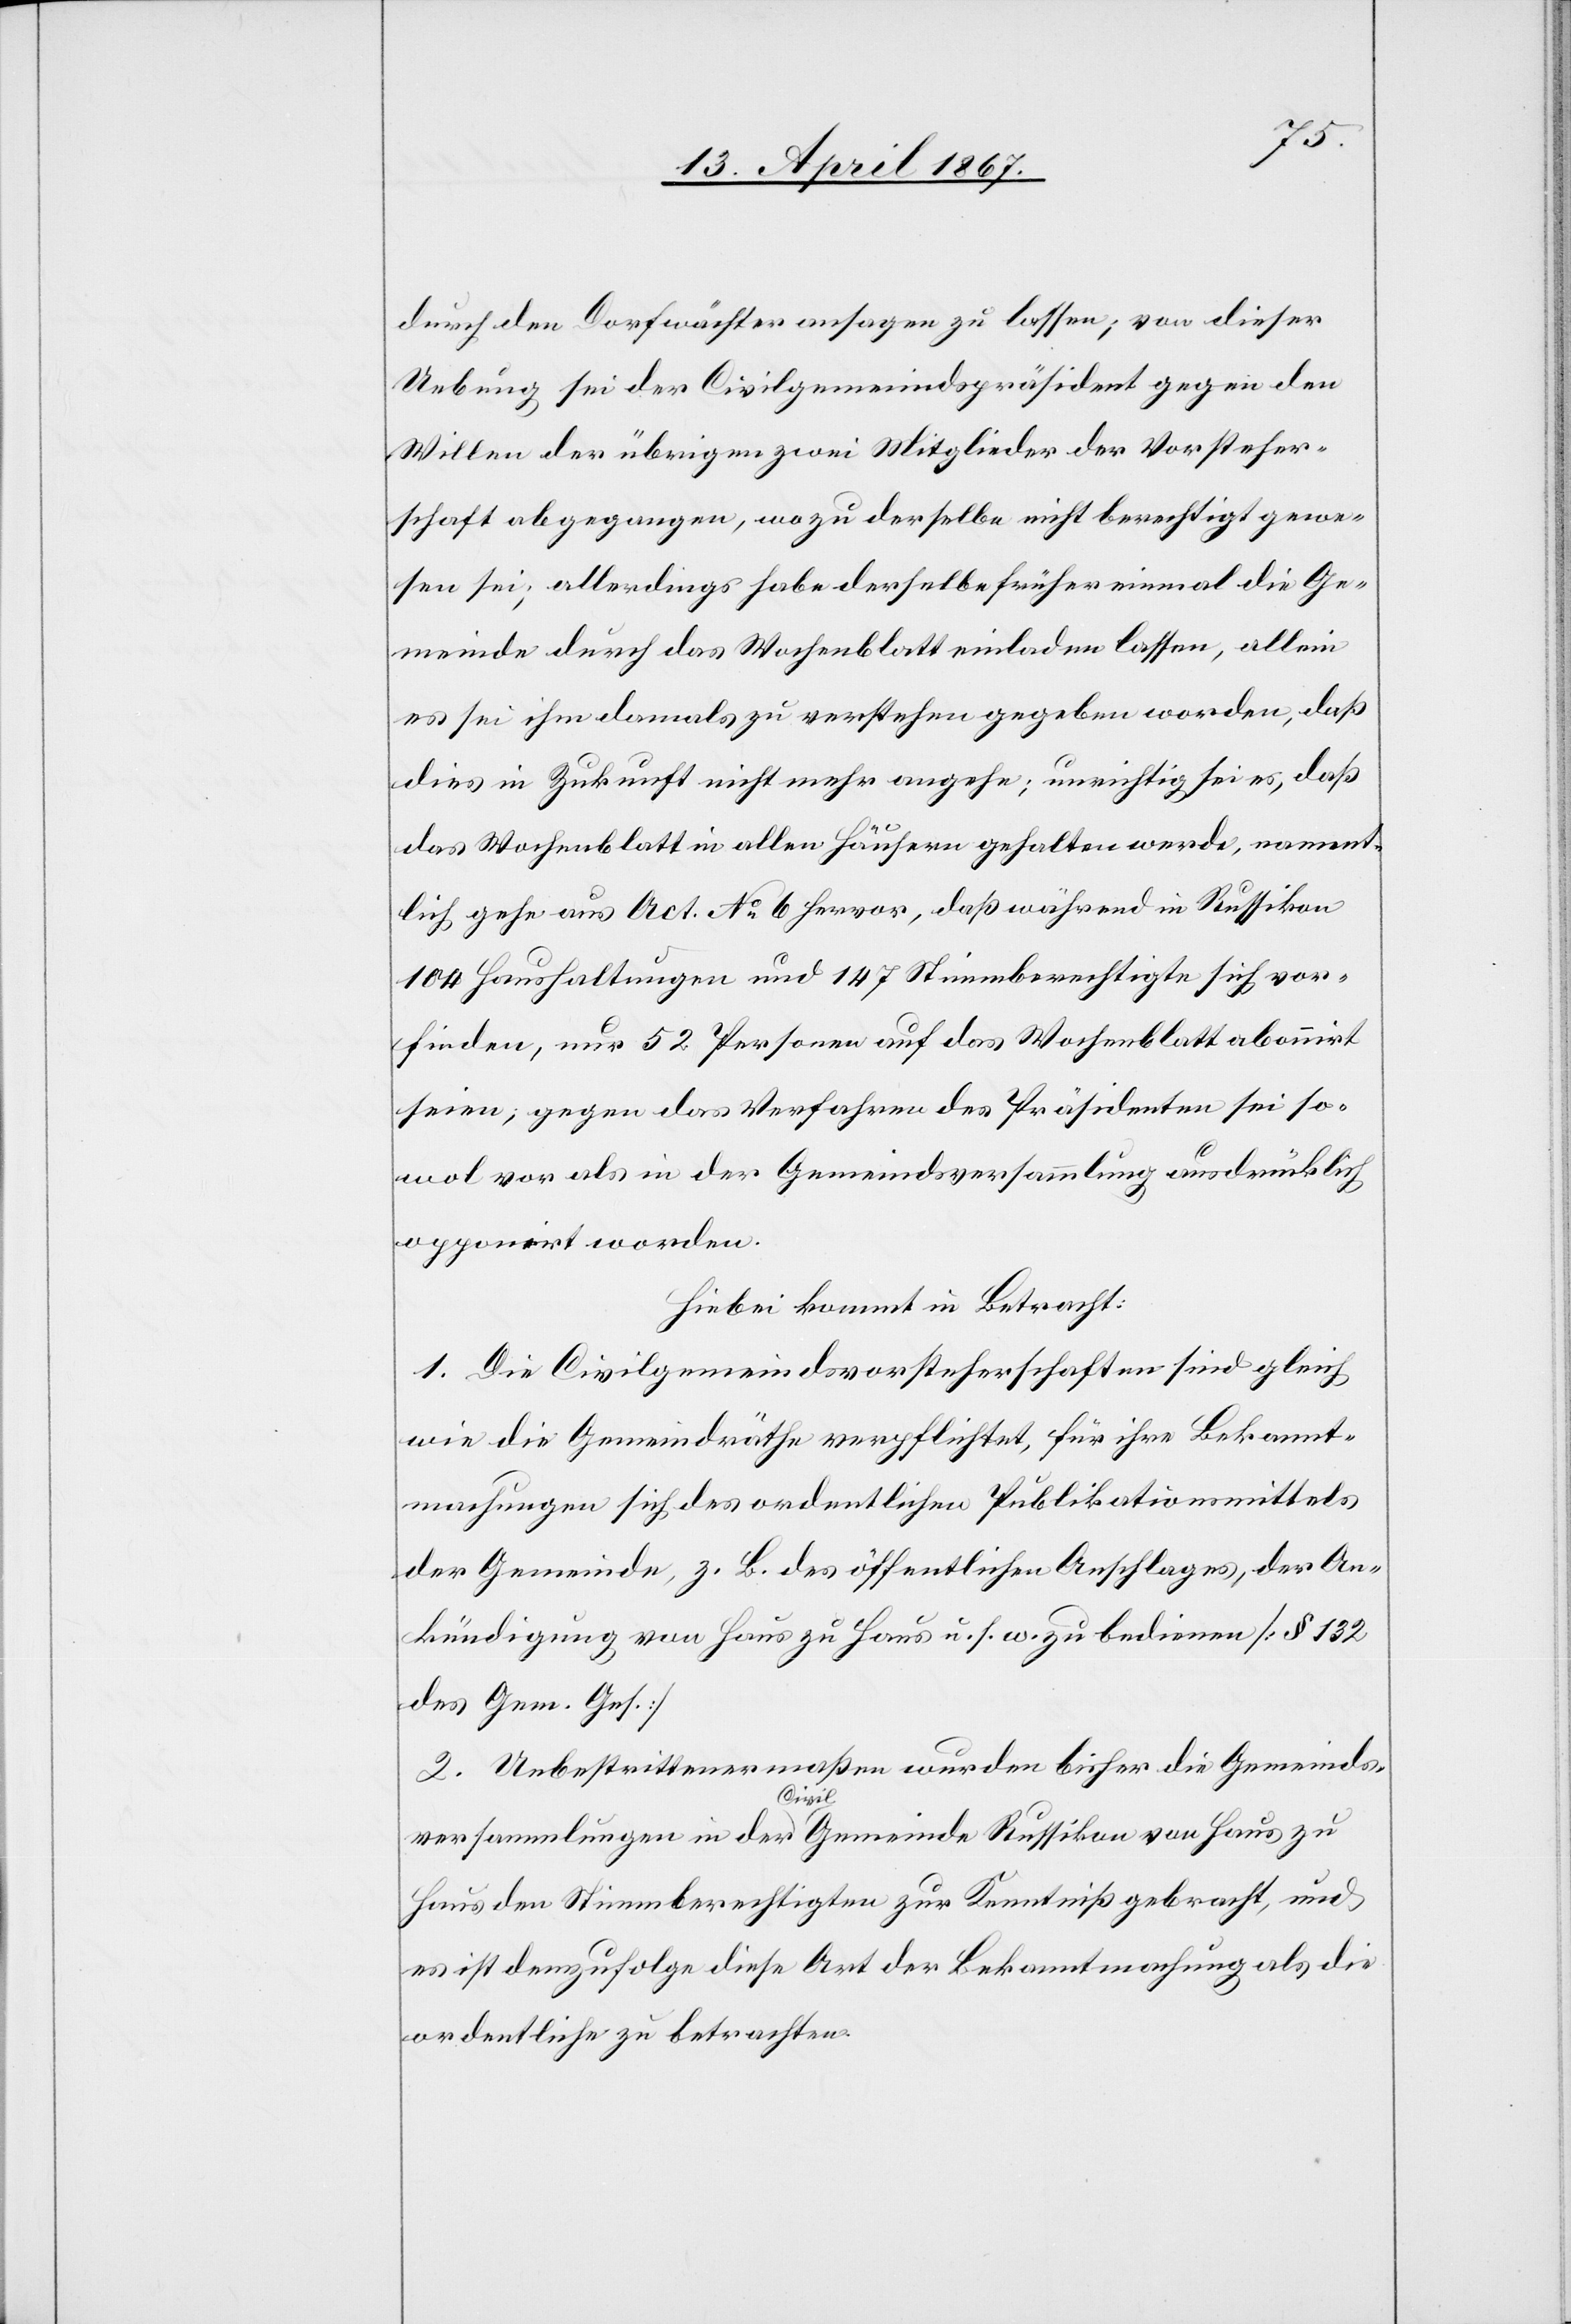
durch den Dorfwächter ansagen zu lassen; von dieser
Uebung sei der Civilgemeindspräsident gegen den
Willen der übrigen zwei Mitglieder der Vorsteher¬
schaft abgegangen, wozu derselbe nicht berechtigt gewe¬
sen sei; allerdings habe derselbe früher einmal die Ge¬
meinde durch das Wochenblatt einladen lassen, allein
es sei ihm damals zu verstehen gegeben worden, daß
das Wochenblatt in allen Häusern gehalten werde, nament¬
lich gehe aus Act. No. 6 hervor, daß während in Russikon
104 Haushaltungen und 147 Stimmberechtigte sich vor¬
finden, nur 52 Personen auf das Wochenblatt abonnirt
seien; gegen das Verfahren des Präsidenten sei so¬
wol vor als in der Gemeindsversammlung ausdrücklich
opponirt worden.
Hiebei kommt in Betracht:
1. Die Civilgemeindsvorsteherschaften sind gleich
wie die Gemeindräthe verpflichtet, für ihre Bekannt¬
machungen sich des ordentlichen Publikationsmittels
der Gemeinde, z. B. des öffentlichen Anschlages, der An¬
kündigung von Haus zu Haus u. s. w. zu bedienen [§ 132
des Gem. Ges.]
2. Unbestrittenermaßen wurden bisher die Gemeinds¬
versammlungen in der Civil Gemeinde Russikon von Haus zu
Haus den Stimmberechtigten zur Kenntniß gebracht, und
es ist demzufolge diese Art der Bekanntmachung als die
ordentliche zu betrachten.